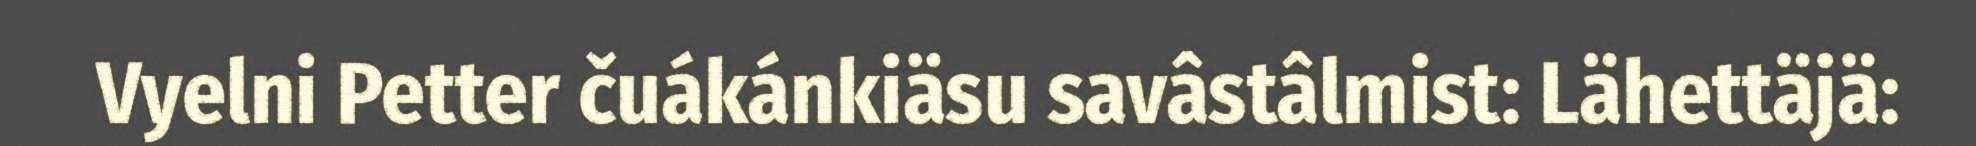
Vyelni Petter čuákánkiäsu savâstâlmist: Lähettäjä: